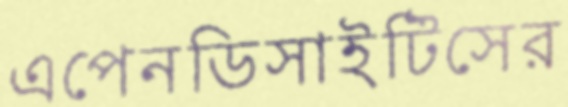
এপেনডিসাইটিসের